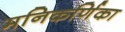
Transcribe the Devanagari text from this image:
मनिकर्णिका